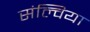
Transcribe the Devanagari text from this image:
संल्विया